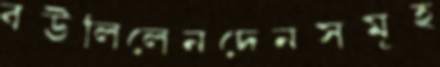
বউলিলেনদেনসমূহ